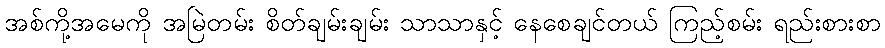
အစ်ကို့အမေကို အမြဲတမ်း စိတ်ချမ်းချမ်း သာသာနှင့် နေစေချင်တယ် ကြည့်စမ်း ရည်းစားစာ